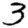
Digit: 3